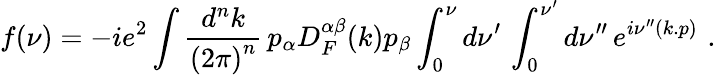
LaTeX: f(\nu)=-ie^{2}\int\frac{d^{n}k}{{(2\pi)}^{n}}\, p_{\alpha}D_{F}^{\alpha\beta}(k)p_{\beta}\int_{0}^{\nu}d\nu^{\prime}\, \int_{0}^{\nu^{\prime}}d\nu^{\prime\prime}\, e^{i\nu^{\prime\prime}(k.p)}\, \, .